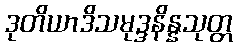
ဒုတိယာဒိသမုဒ္ဒနိန္နသုတ္တ